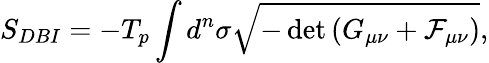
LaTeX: S_{DBI}=-T_{p}\int d^{n}\sigma\sqrt{-\operatorname*{det}{\left(G_{\mu\nu}+\cal{F}_{\mu\nu}\right)}},